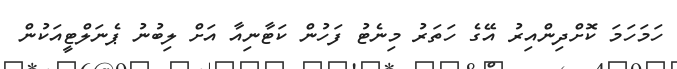
ހަމަހަމަ ކޮށްދިންއިރު އޭގެ ހަތަރު މިނެޓު ފަހުން ކަޓާނިއާ އަށް ލިބުނު ޕެނަލްޓީއަކުން